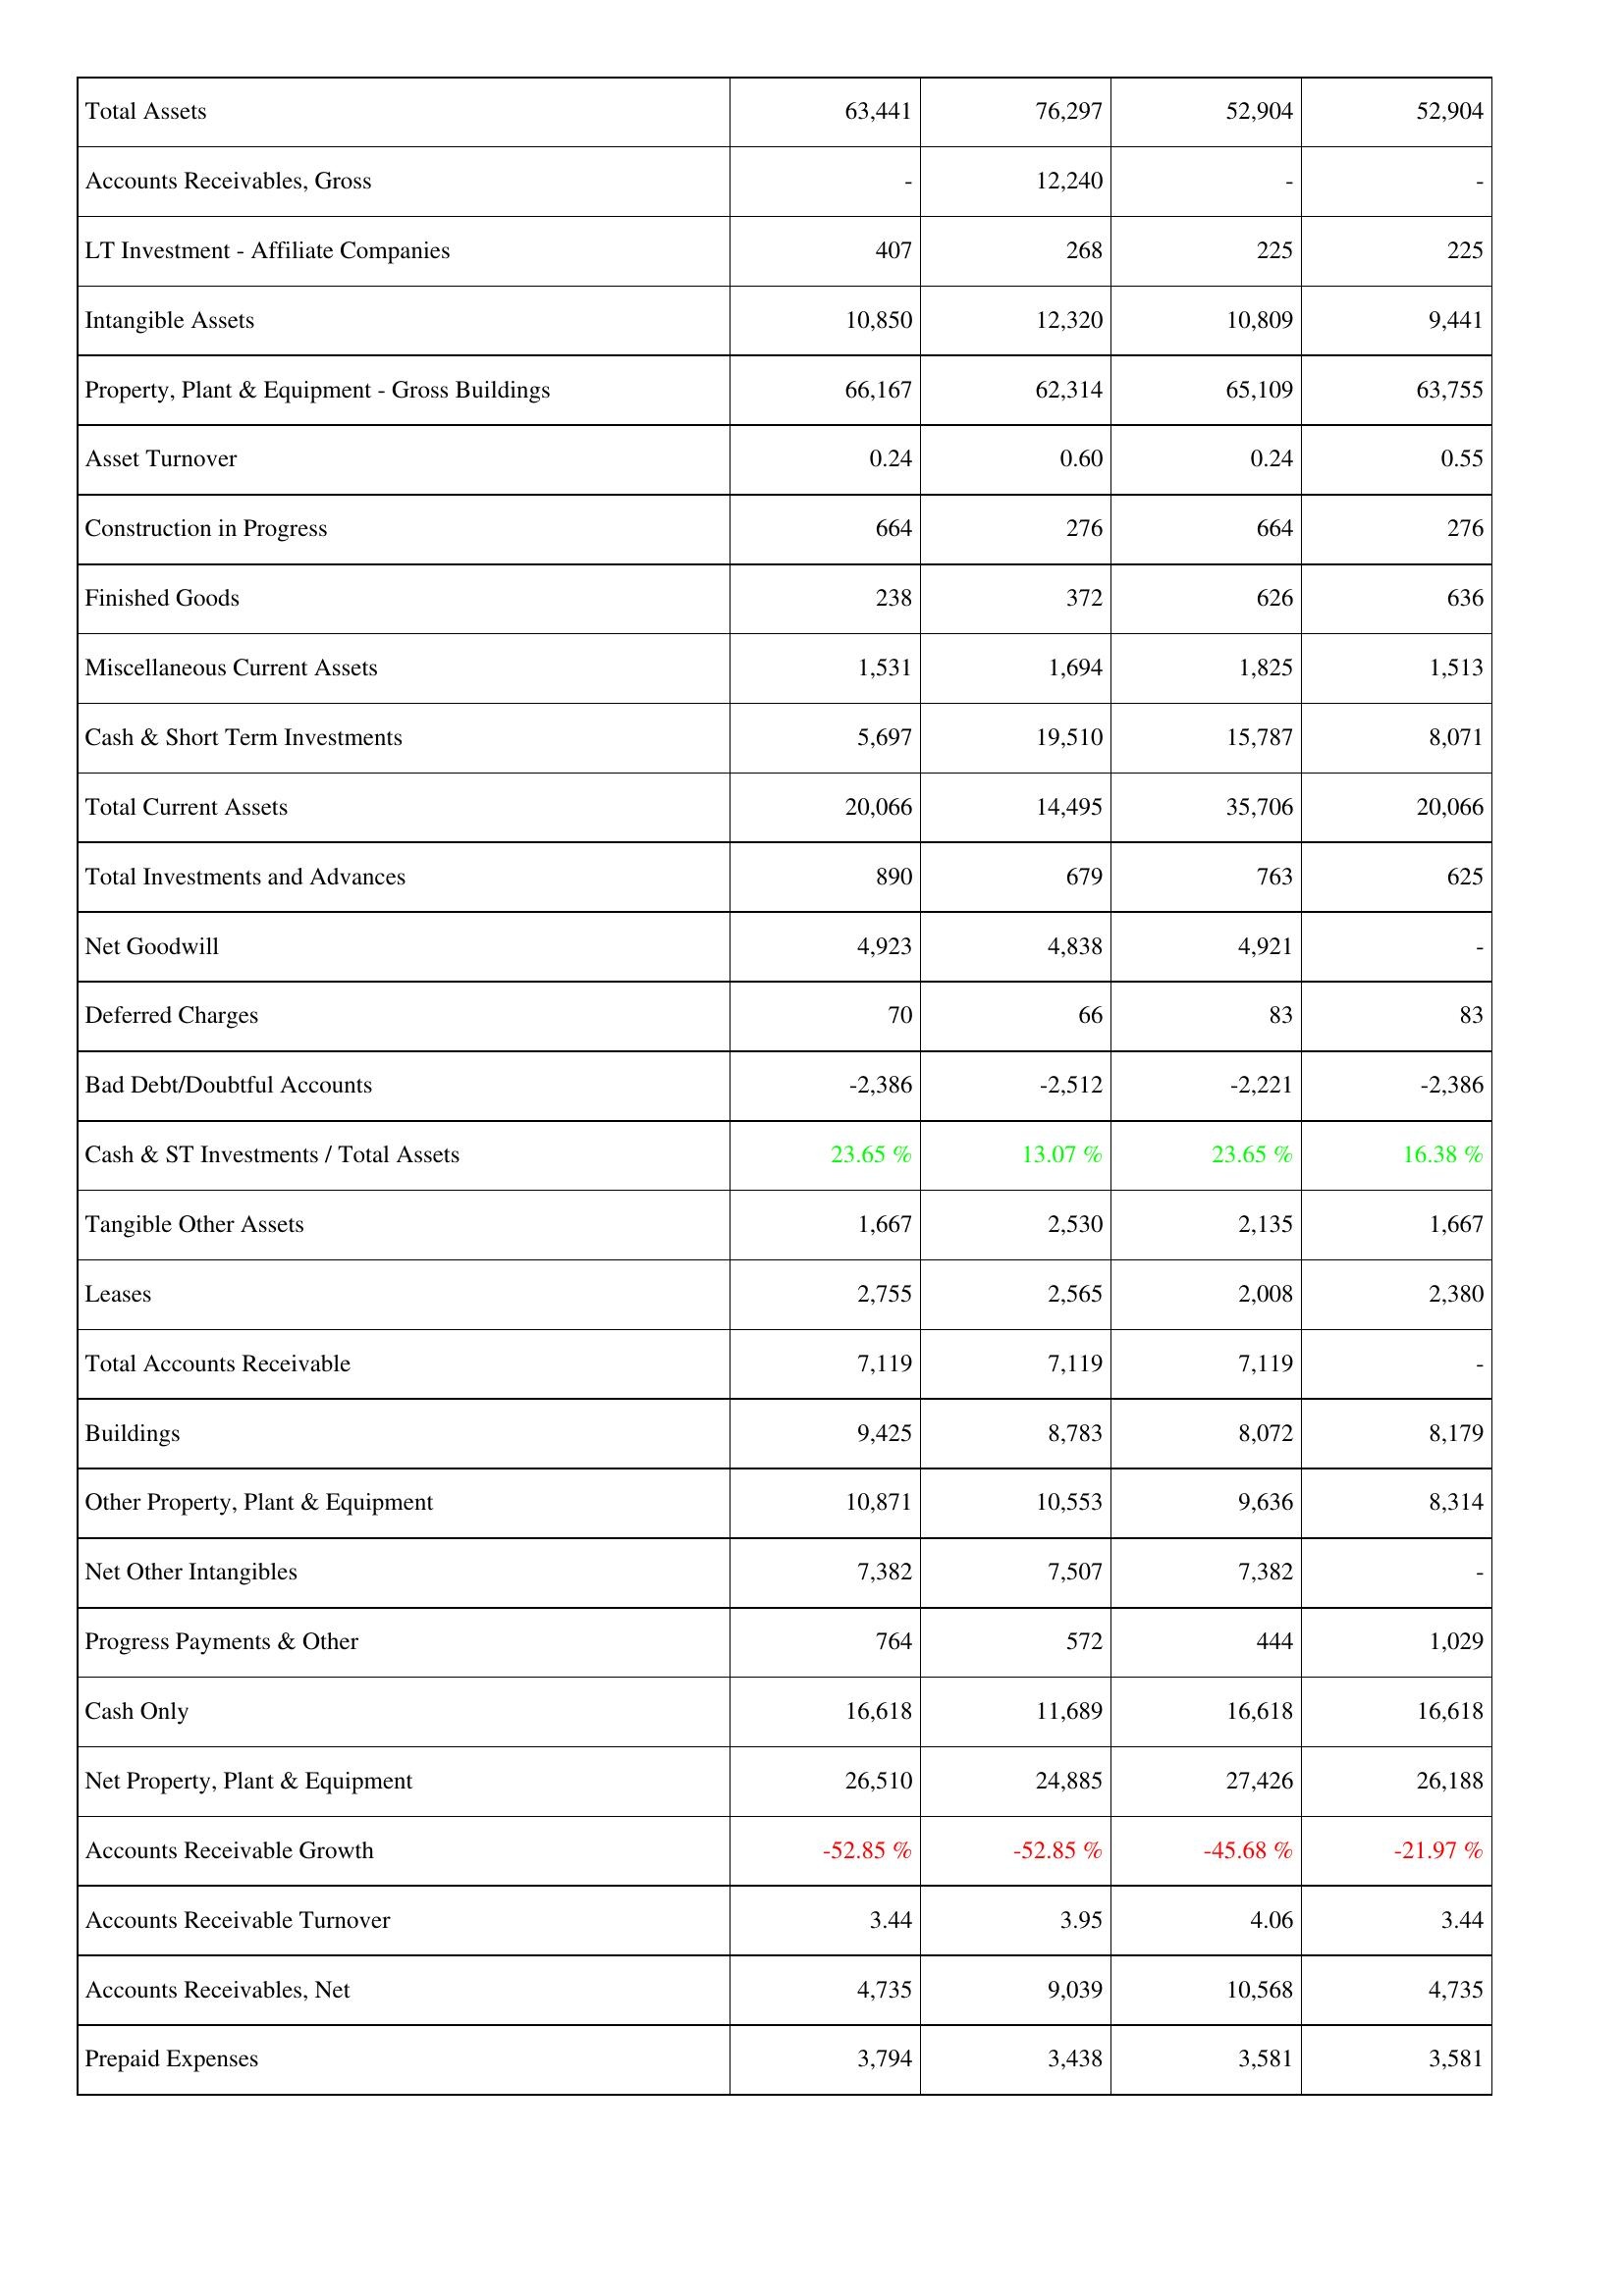
2014: Assets: Total Assets: 63,441
Accounts Receivables, Gross: -
LT Investment - Affiliate Companies: 407
Intangible Assets: 10,850
Property, Plant & Equipment - Gross Buildings: 66,167
Asset Turnover: 0.24
Construction in Progress: 664
Finished Goods: 238
Miscellaneous Current Assets: 1,531
Cash & Short Term Investments: 5,697
Total Current Assets: 20,066
Total Investments and Advances: 890
Net Goodwill: 4,923
Deferred Charges: 70
Bad Debt/Doubtful Accounts: -2,386
Cash & ST Investments / Total Assets: 23.65 %
Tangible Other Assets: 1,667
Leases: 2,755
Total Accounts Receivable: 7,119
Buildings: 9,425
Other Property, Plant & Equipment: 10,871
Net Other Intangibles: 7,382
Progress Payments & Other: 764
Cash Only: 16,618
Net Property, Plant & Equipment: 26,510
Accounts Receivable Growth: -52.85 %
Accounts Receivable Turnover: 3.44
Accounts Receivables, Net: 4,735
Prepaid Expenses: 3,794
2013: Assets: Total Assets: 76,297
Accounts Receivables, Gross: 12,240
LT Investment - Affiliate Companies: 268
Intangible Assets: 12,320
Property, Plant & Equipment - Gross Buildings: 62,314
Asset Turnover: 0.60
Construction in Progress: 276
Finished Goods: 372
Miscellaneous Current Assets: 1,694
Cash & Short Term Investments: 19,510
Total Current Assets: 14,495
Total Investments and Advances: 679
Net Goodwill: 4,838
Deferred Charges: 66
Bad Debt/Doubtful Accounts: -2,512
Cash & ST Investments / Total Assets: 13.07 %
Tangible Other Assets: 2,530
Leases: 2,565
Total Accounts Receivable: 7,119
Buildings: 8,783
Other Property, Plant & Equipment: 10,553
Net Other Intangibles: 7,507
Progress Payments & Other: 572
Cash Only: 11,689
Net Property, Plant & Equipment: 24,885
Accounts Receivable Growth: -52.85 %
Accounts Receivable Turnover: 3.95
Accounts Receivables, Net: 9,039
Prepaid Expenses: 3,438
2012: Assets: Total Assets: 52,904
Accounts Receivables, Gross: -
LT Investment - Affiliate Companies: 225
Intangible Assets: 10,809
Property, Plant & Equipment - Gross Buildings: 65,109
Asset Turnover: 0.24
Construction in Progress: 664
Finished Goods: 626
Miscellaneous Current Assets: 1,825
Cash & Short Term Investments: 15,787
Total Current Assets: 35,706
Total Investments and Advances: 763
Net Goodwill: 4,921
Deferred Charges: 83
Bad Debt/Doubtful Accounts: -2,221
Cash & ST Investments / Total Assets: 23.65 %
Tangible Other Assets: 2,135
Leases: 2,008
Total Accounts Receivable: 7,119
Buildings: 8,072
Other Property, Plant & Equipment: 9,636
Net Other Intangibles: 7,382
Progress Payments & Other: 444
Cash Only: 16,618
Net Property, Plant & Equipment: 27,426
Accounts Receivable Growth: -45.68 %
Accounts Receivable Turnover: 4.06
Accounts Receivables, Net: 10,568
Prepaid Expenses: 3,581
2011: Assets: Total Assets: 52,904
Accounts Receivables, Gross: -
LT Investment - Affiliate Companies: 225
Intangible Assets: 9,441
Property, Plant & Equipment - Gross Buildings: 63,755
Asset Turnover: 0.55
Construction in Progress: 276
Finished Goods: 636
Miscellaneous Current Assets: 1,513
Cash & Short Term Investments: 8,071
Total Current Assets: 20,066
Total Investments and Advances: 625
Net Goodwill: -
Deferred Charges: 83
Bad Debt/Doubtful Accounts: -2,386
Cash & ST Investments / Total Assets: 16.38 %
Tangible Other Assets: 1,667
Leases: 2,380
Total Accounts Receivable: -
Buildings: 8,179
Other Property, Plant & Equipment: 8,314
Net Other Intangibles: -
Progress Payments & Other: 1,029
Cash Only: 16,618
Net Property, Plant & Equipment: 26,188
Accounts Receivable Growth: -21.97 %
Accounts Receivable Turnover: 3.44
Accounts Receivables, Net: 4,735
Prepaid Expenses: 3,581